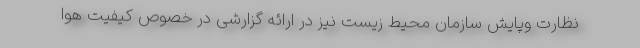
نظارت وپایش سازمان محیط زیست نیز در ارائه گزارشی در خصوص کیفیت هوا